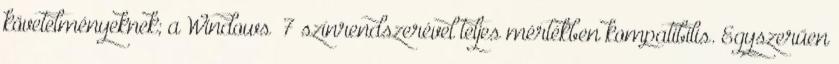
követelményeknek; a Windows® 7 színrendszerével teljes mértékben kompatibilis. Egyszerűen